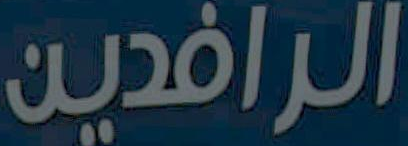
الرافدين